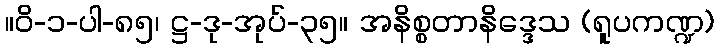
။ဝိ-၁-ပါ-၈၅၊ ဋ္ဌ-ဒု-အုပ်-၃၅။ အနိစ္စတာနိဒ္ဒေသ (ရူပကဏ္ဍ)